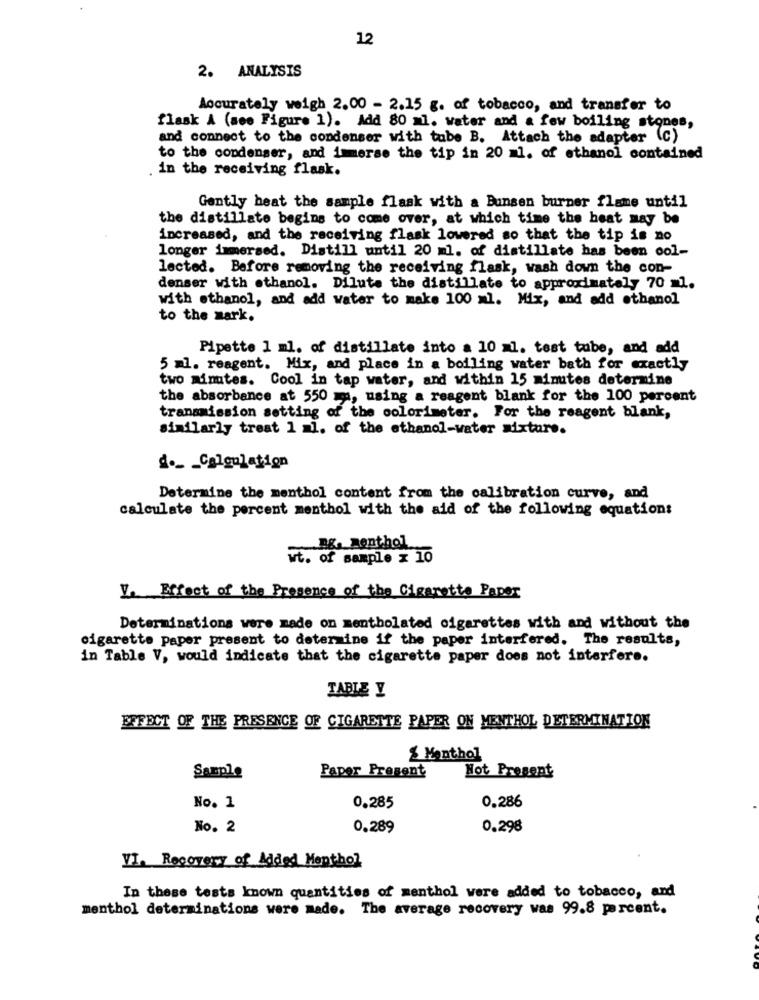
12
2. ANALYSIS
Accurately weigh 2.00 - 2.15 g. of tobacco, and transfer to
flask A (see Figure 1). Add 80 =1. water and a few boiling stones,
and connect to the condenser with tube B. Attach the adapter (c)
to the condenser, and imerse the tip in 20 ml. of ethanol contained
. in the receiving flask.
Gently beat the sample flask with a Bunsen burner flame until
the distillate begins to come over, at which time the heat may be
increased, and the receiving flask lowered so that the tip is no
longer immersed. Distill until 20 ml. of distillate has been col-
lected. Before removing the receiving flask, wash down the con-
denser with ethanol. Dilute the distillate to approximately 70 =1.
with ethanol, and add water to make 100 ml. Mix, and add ethanol
to the mark.
Pipette 1 ml. of distillate into a 10 =1. test tube, and add
5 ml. reagent. Mix, and place in a boiling water bath for exactly
two minutes. Cool in tap water, and within 15 minutes determine
the absorbance at 550 ma, using a reagent blank for the 100 percent
transmission setting of the colorimeter. For the reagent blank,
similarly treat 1 al. of the ethanol-water sixtare.
d ._ _ Calgulation
Determine the menthol content from the calibration curve, and
calculate the percent menthol with the aid of the following equations
Bg. Rent.hol
wt. of sample x 10
V. Effect of the Presence of the Cigarette Paper
Determinations were made on mentholated cigarettes with and without the
cigarette paper present to determine if the paper interfered. The results,
in Table V, would indicate that the cigarette paper does not interfere.
TABLE Y
EFFECT OF THE PRESENCE OF CIGARETTE PAPER ON MENTHOL DETERMINATION
& Menthol
Not Present
Sample
Paper Present
0.286
No. 1
0.285
No. 2
0.289
0.298
VI. Recovery of Added Menthol
In these tests known quantities of menthol were added to tobacco, and
menthol determinations were made. The average recovery was 99.8 percent.